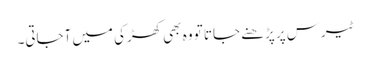
ٹیرس پر پڑھنے جاتا تو وہ بھی کھڑکی میں آجاتی۔